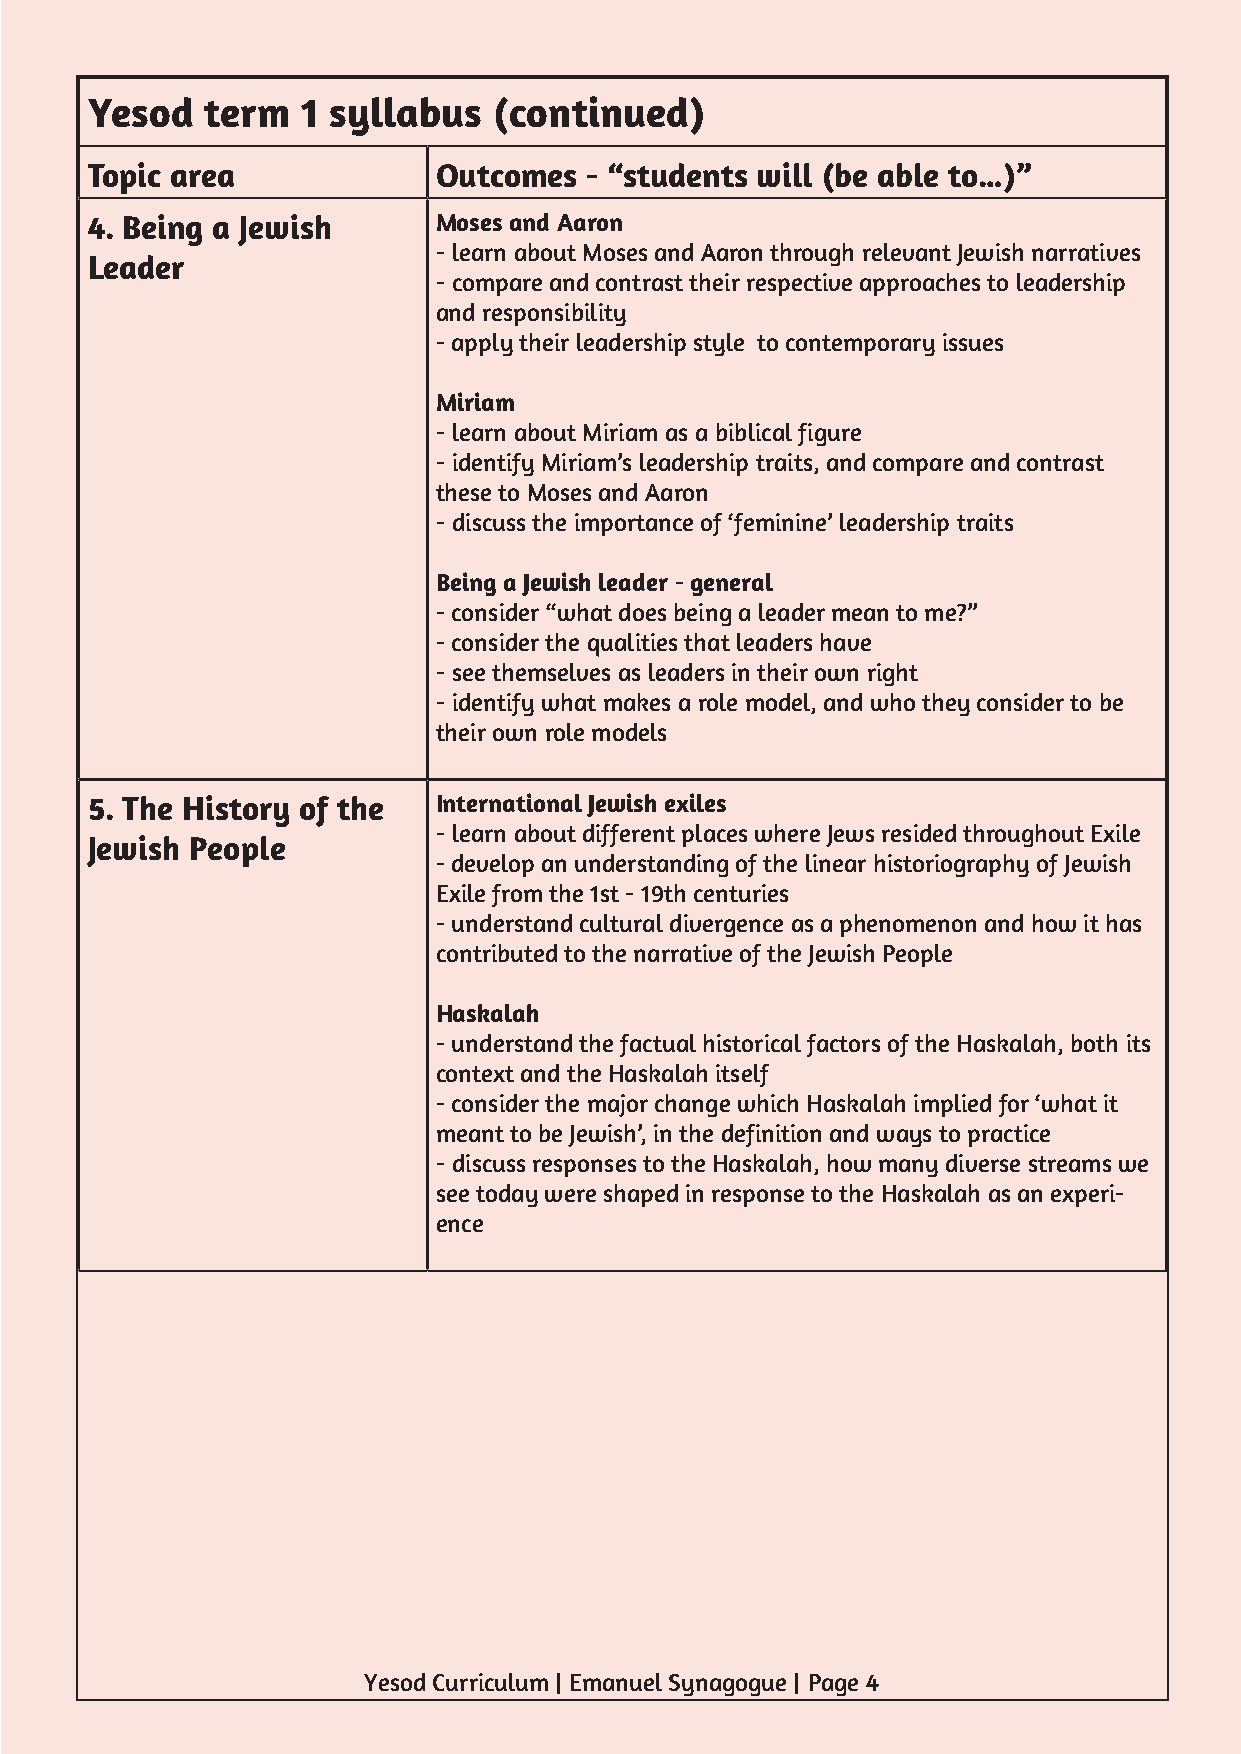
Yesod   term  1 syllabus   (continued)
 Topic area             Outcomes  - “students will (be able to…)”
 4. Being a Jewish      Moses and Aaron
 - learn about Moses and Aaron through relevant Jewish narratives
 Leader
 - compare and contrast their respective approaches to leadership
 and responsibility
 - apply their leadership style to contemporary issues
 Miriam
 - learn about Miriam as a biblical figure
 - identify Miriam’s leadership traits, and compare and contrast
 these to Moses and Aaron
 - discuss the importance of ‘feminine’ leadership traits
 Being a Jewish leader - general
 - consider “what does being a leader mean to me?”
 - consider the qualities that leaders have
 - see themselves as leaders in their own right
 - identify what makes a role model, and who they consider to be
 their own role models
 5. The History of the  International Jewish exiles
 - learn about different places where Jews resided throughout Exile
 Jewish People
 - develop an understanding of the linear historiography of Jewish
 Exile from the 1st - 19th centuries
 - understand cultural divergence as a phenomenon and how it has
 contributed to the narrative of the Jewish People
 Haskalah
 - understand the factual historical factors of the Haskalah, both its
 context and the Haskalah itself
 - consider the major change which Haskalah implied for ‘what it
 meant to be Jewish’, in the definition and ways to practice
 - discuss responses to the Haskalah, how many diverse streams we
 see today were shaped in response to the Haskalah as an experi-
 ence
 Yesod Curriculum | Emanuel Synagogue | Page 4